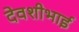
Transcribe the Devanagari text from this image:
देवशीभाई